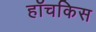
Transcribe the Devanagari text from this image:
हॉचकिस